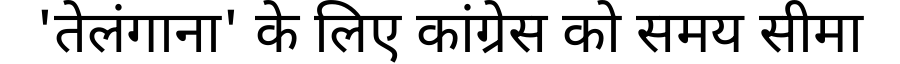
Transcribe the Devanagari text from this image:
'तेलंगाना' के लिए कांग्रेस को समय सीमा